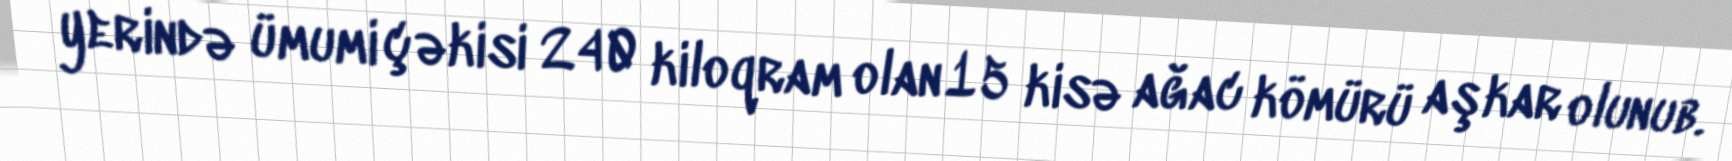
yerində ümumi çəkisi 240 kiloqram olan 15 kisə ağac kömürü aşkar olunub.